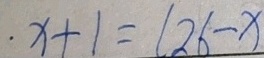
\cdot x + 1 = ( 2 6 - x